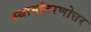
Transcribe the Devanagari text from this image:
स्थानांतरणोत्तर